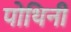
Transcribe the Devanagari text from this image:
पोथिनी